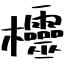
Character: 欞